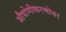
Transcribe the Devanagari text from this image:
औद्योगीकरणोत्तर